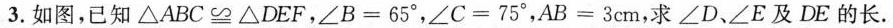
3.如图，已知△ABC≌△DEF，∠B=65°，∠C=75°，AB=3cm，求∠D、∠E及DE的长。